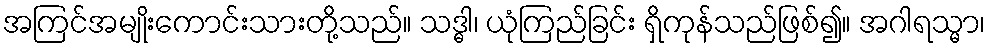
အကြင်အမျိုးကောင်းသားတို့သည်။ သဒ္ဓါ၊ ယုံကြည်ခြင်း ရှိကုန်သည်ဖြစ်၍။ အဂါရသ္မာ၊